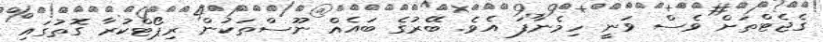
ގެޖެޓްތަށް ވެސް ވަނީ ހިމެނާފަ އެވެ. ބޭރުގެ ބައެއް ނޫސްތަކުން ރިޕޯޓްކުރާ ގޮތުގައި